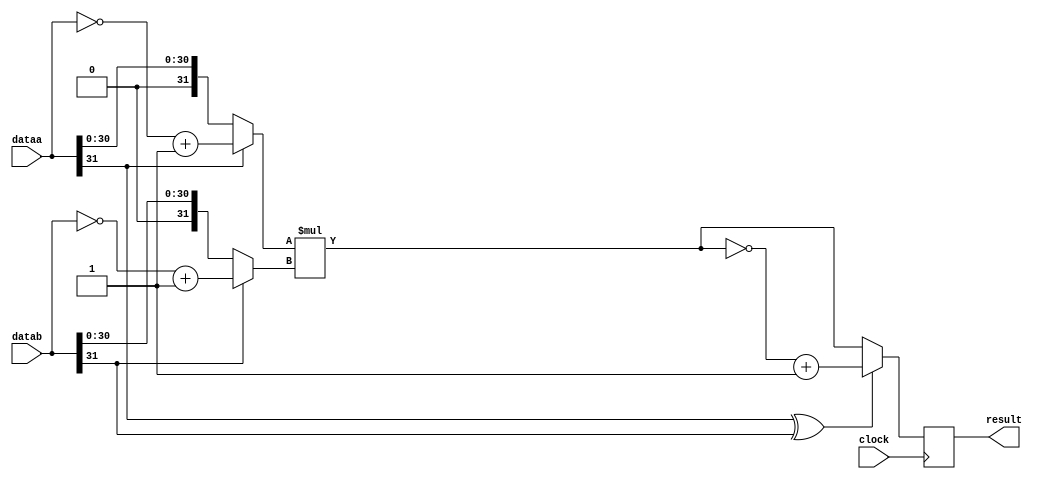
`define TRIG_WIDTH 5'b01010 //10;
`define PIPELINE_DEPTH_UPPER_LIMIT 10'b0100000000 //256;
`define ABSORB_ADDR_WIDTH 6'b010000 //16;
`define ABSORB_WORD_WIDTH 7'b01000000 //64;
`define WSCALE 22'b0111010100101111111111 //1919999;
//`define BIT_WIDTH 7'b0100000
//`define LAYER_WIDTH 6'b000011 
`define LEFTSHIFT 6'b000011         // 2^3=8=1/0.125 where 0.125 = CHANCE of roulette
`define INTCHANCE 32'b00100000000000000000000000000000 //Based on 32 bit rand num generator
`define MIN_WEIGHT 9'b011001000 
`define BIT_WIDTH 7'b0100000
`define LAYER_WIDTH 6'b000011
`define INTMAX 32'b01111111111111111111111111111111
`define INTMIN 32'b10000000000000000000000000000000
`define DIVIDER_LATENCY 6'b011110
`define FINAL_LATENCY 6'b011100
`define MULT_LATENCY 1'b1
`define ASPECT_RATIO 6'b000111
`define TOTAL_LATENCY 7'b0111100
//`define BIT_WIDTH 6'b100000
//`define LAYER_WIDTH 6'b000011
`define LOGSCALEFACTOR 6'b000101
`define MAXLOG 32'b10110001011100100001011111110111		//Based on 32 bit unsigned rand num generator
`define CONST_MOVE_AMOUNT 15'b110000110101000  //Used for testing purposes only
`define MUTMAX_BITS 6'b001111
//`define BIT_WIDTH 6'b100000
//`define LAYER_WIDTH 6'b000011
//`define INTMAX 32'b01111111111111111111111111111111
//`define INTMIN 32'b10000000000000000000000000000000
//`define BIT_WIDTH 7'b0100000
`define MANTISSA_PRECISION 6'b001010
`define LOG2_BIT_WIDTH 6'b000110
`define LOG2 28'b0101100010111001000010111111
`define NR 10'b0100000000             
`define NZ 10'b0100000000              
`define NR_EXP 5'b01000              //meaning `NR=2^`NR_exp or 2^8=256
`define RGRID_SCLAE_EXP 6'b010101    //2^21 = RGRID_SCALE
`define ZGRID_SCLAE_EXP 6'b010101    //2^21 = ZGRID_SCALE
//`define BIT_WIDTH 7'b0100000
`define BIT_WIDTH_2 8'b01000000
`define WORD_WIDTH 8'b01000000
`define ADDR_WIDTH 6'b010000          //256x256=2^8*2^8=2^16
`define DIV 6'b010100//20;
`define SQRT 5'b01010 //10;
`define LAT 7'b0100101 //DIV + SQRT + 7;
`define INTMAX_2 {32'h3FFFFFFF,32'h00000001}
//`define INTMAX 32'b01111111111111111111111111111111//2147483647;
//`define INTMIN 32'b10000000000000000000000000000001//-2147483647;
`define INTMAXMinus3 32'b01111111111111111111111111111100//2147483644;
`define negINTMAXPlus3 32'b10000000000000000000000000000100//-2147483644;
`define INTMAX_2_ref {32'h3FFFFFFF,32'hFFFFFFFF}
`define SIMULATION_MEMORY

module mult_signed_32_bc ( clock, dataa, datab, result);


	input clock;
	input [31:0] dataa;
	input [31:0] datab;
	output [63:0] result;
	reg [63:0] result;
	
	wire [63:0] prelim_result;
	
	
	wire [31:0] opa;
	wire [31:0] opb;
	wire [31:0] opa_comp;
	wire [31:0] opb_comp;
	
	assign opa_comp =  ((~dataa) + 32'b00000000000000000000000000000001);

	assign opb_comp =  ((~datab) + 32'b00000000000000000000000000000001);

	
	wire opa_is_neg;
	wire opb_is_neg;
	assign opa_is_neg = dataa[31];
	assign opb_is_neg = datab [31];
	assign opa = (opa_is_neg== 1'b1) ? opa_comp:dataa;
	assign opb = (opb_is_neg == 1'b1) ? opb_comp:datab;
	
	
	assign prelim_result = opa * opb ;
	wire sign;
	assign sign = dataa[31] ^ datab[31];
	
	wire [63:0] prelim_result_comp;
	wire [63:0] prelim_result_changed;
	wire [63:0] result_changed;
	assign result_changed = (sign==1'b1)? prelim_result_comp :prelim_result;
	assign prelim_result_comp =  ((~prelim_result) + 1);
	
	always @ (posedge clock)
	begin
	result <= result_changed;
	end
	
	endmodule